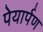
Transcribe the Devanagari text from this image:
पेयार्पण